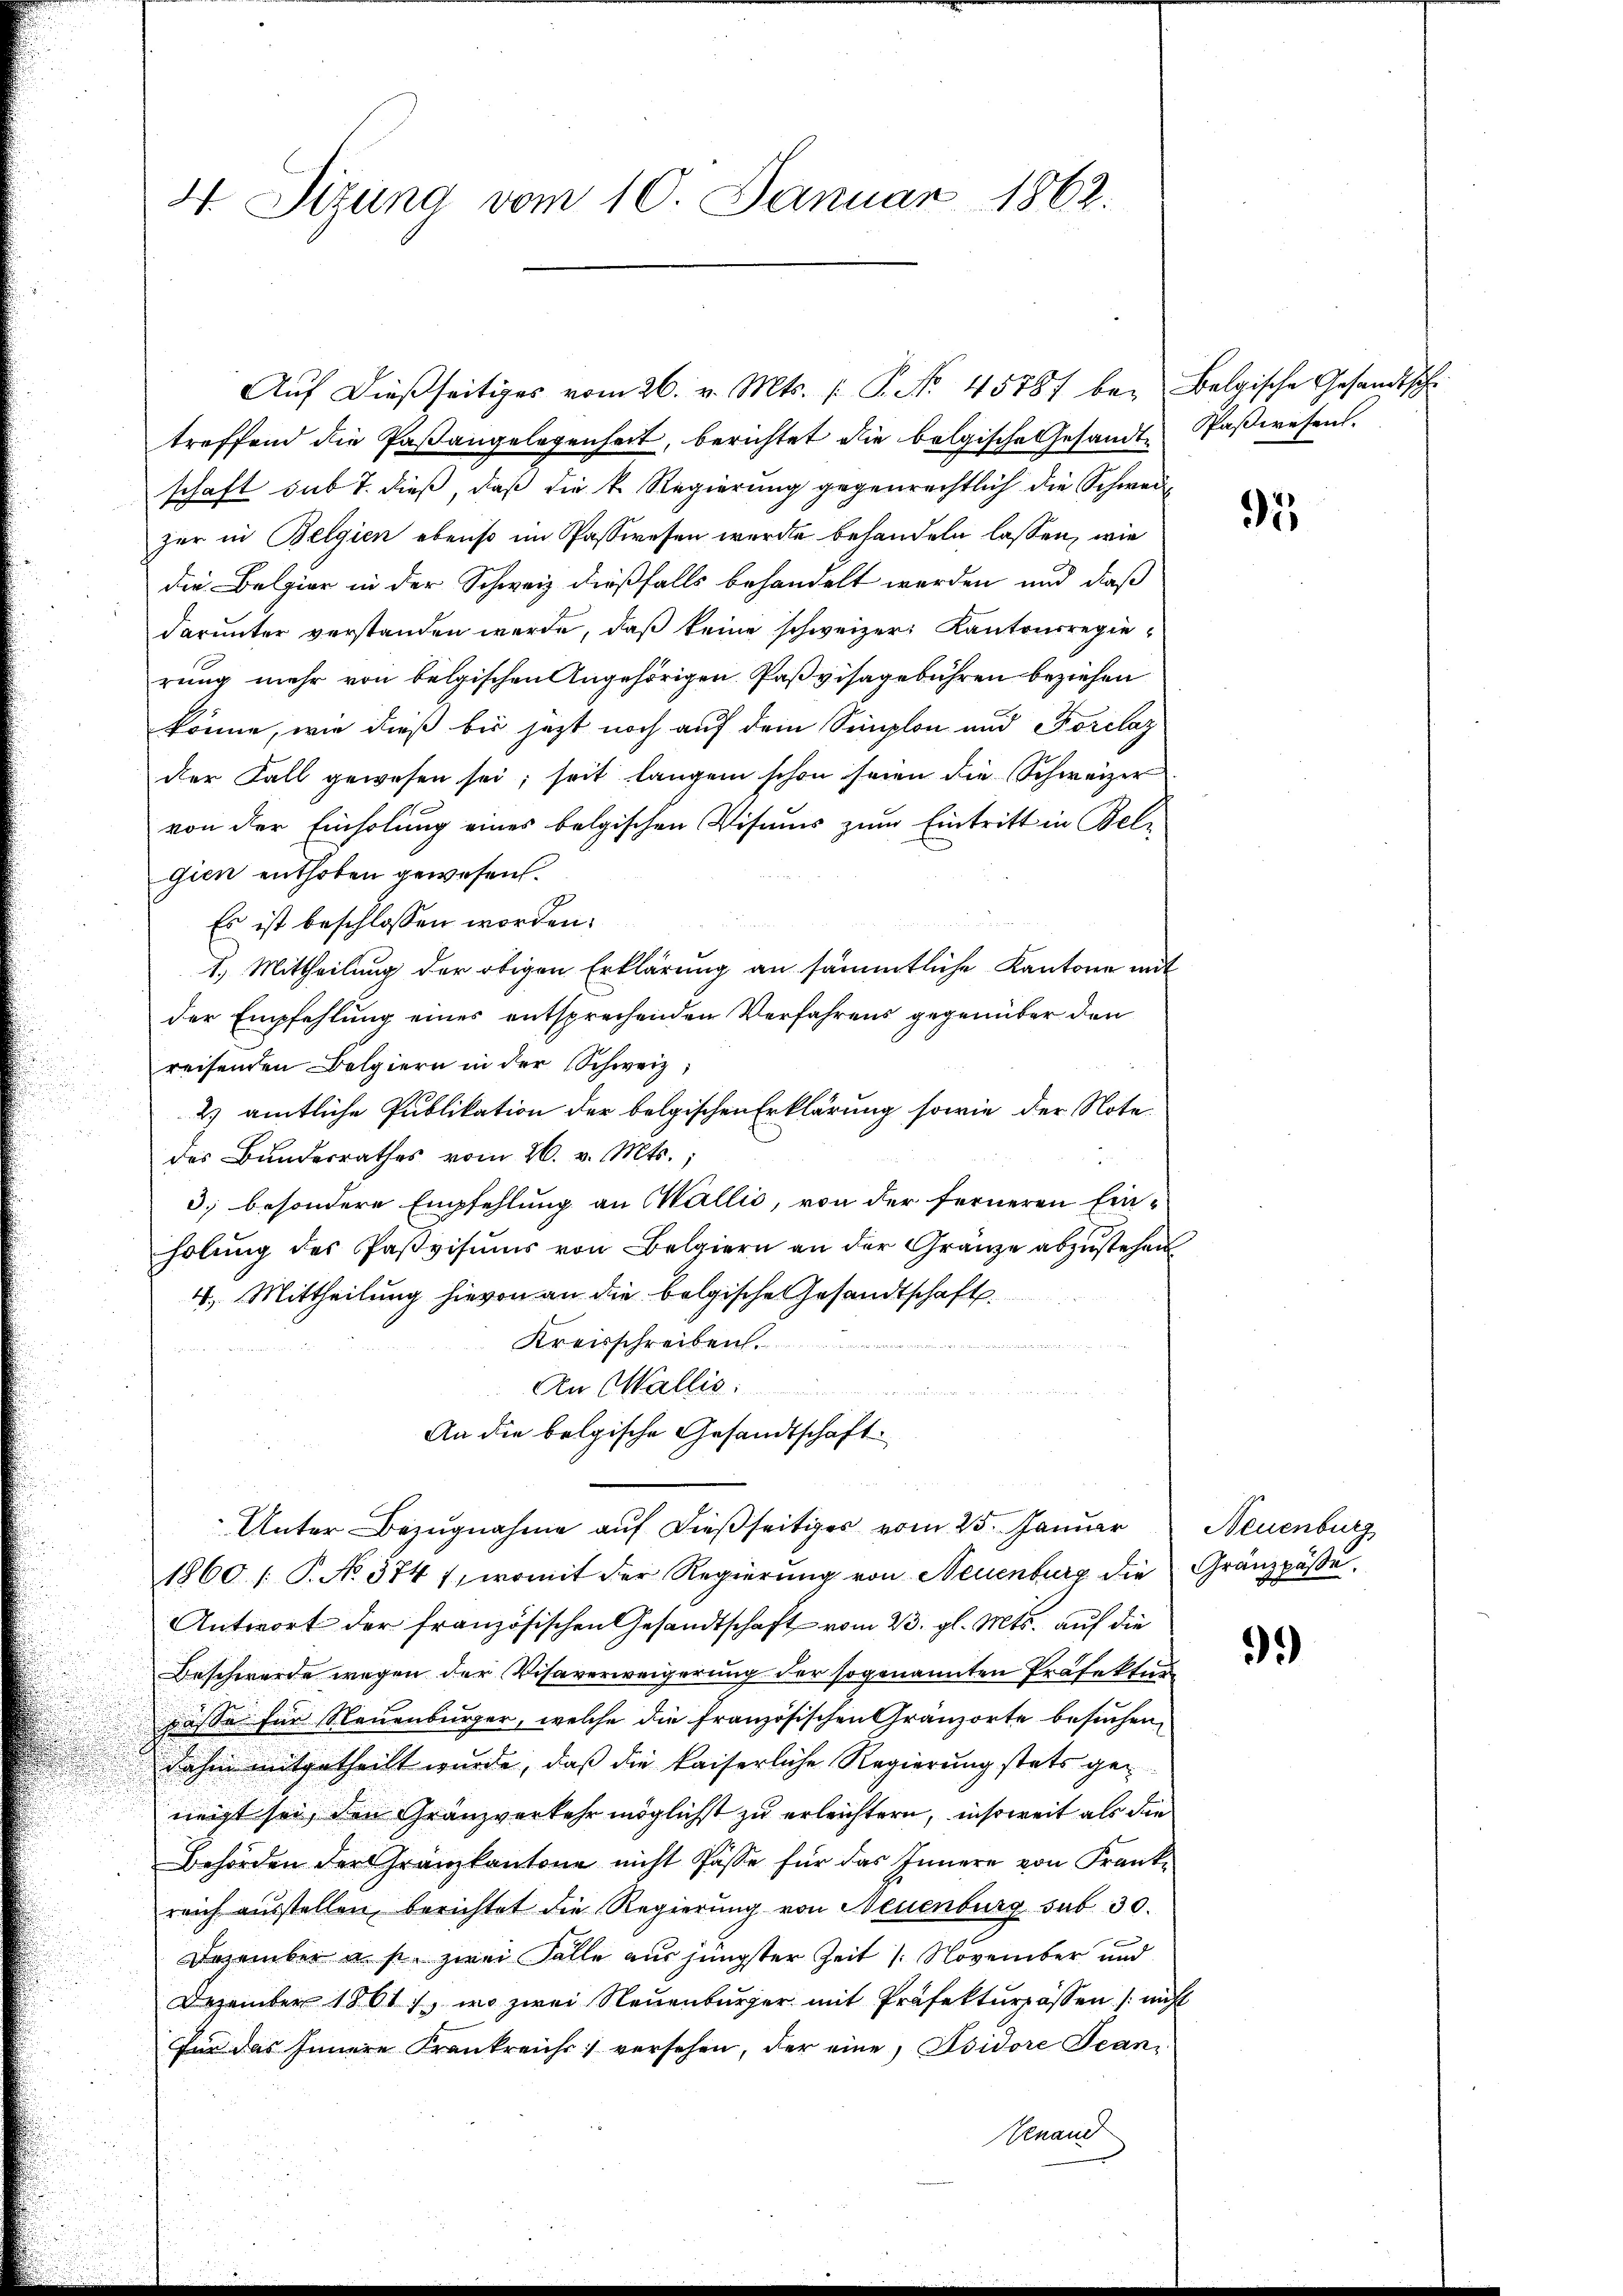
4. Sizung vom 10. Januar 1862.

treffend die Paβangelegenheit, berichtet die bolgische Gesandt Paßwesen.
schaft sub 7. dieß, daß die k. Regierung gegenrechtlich die Schweizer in Belgien ebenso im Passwesen werde behandeln lassen, wie
die Belgier in der Schweiz dießfalls behandelt werden und daß
darunter verstanden werde, daß keine schweizer Kantonsregierung mehr von belgischen Angehörigen Paßvisagebühren beziehen
könne, wie dieß bis jetzt noch auf dem Semplon und Forclaz
der Fall gewesen sei; seit langem schon seien die Schweizer
von der Einholung eines belgischen Visums zum Eintritt in Bele
gien enthoben gewesen.
Es ist beschlossen worden.
1.) Mittheilung der obigen Erklärung an sämmtliche Kantone mit
der Empfehlung eines entsprechenden Verfahrens gegenüber den
reisenden Belgiern in der Schweiz,
2) amtliche Publikation der belgischen Erklärung sowie der Notedes Bundesrathes vom 26. v. Mts.,
3. besondere Empfehlung an Wallis, von der ferneren Einholung des Paßvisums von Belgiern an der Gränze abzustehen
4. Mittheilung hievon an die belgische Gesandtschaft.
Kreisschreiben.
An Wallis:
u
An die belgische Gesandtschaft
Unter Bezugnahme auf dießseitiger vom 25. Januar Neuenburg
1860 /: P. No 374 1, womit der Regierung von Neuenburg die Gränzpäße.
Antwort der französischen Gesandtschaft vom 23. gl. Mts. auf die
Beschwerde wegen der Visaverweigerung der sogenannten Präfektur
dasse für Neuenburger, welche die französischen Gränzorte besuchen,
dahin mitgetheilt wurde, daß die kaiserliche Regierung stets geneigt sei, den Granzverkehr möglichst zu erleichtern, insoweit als die
Behörden der Granzkantone nicht Pässe für das Innere von Frankreich ausstellen, berichtet die Regierung von Neuenburg sub 30.
Dezember u. s. zwei Falle aus jüngster Zeit /: November und
Dezember 1861, wo zwei Neuenburger mit Präfekturpassen (nicht
Für das Innere Frankreichs versehen, der eine, Isidore Jean¬
Genand

Aŭf dießseitiges vom 26. v. Mts. (T. No. 45787 bey Belgische Gesandtsch

95

9.)